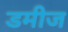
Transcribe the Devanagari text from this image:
डमीज